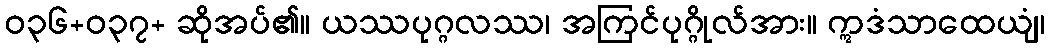
ဝ၃၆+၀၃၇+ ဆိုအပ်၏။ ယဿပုဂ္ဂလဿ၊ အကြင်ပုဂ္ဂိုလ်အား။ ဣဒံသာထေယျံ၊